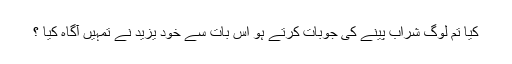
کیا تم لوگ شراب پینے کی جوبات کرتے ہو اس بات سے خود یزید نے تمہیں آگاہ کیا ؟